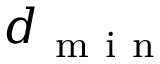
d _ { \mathrm { ~ m ~ i ~ n ~ } }